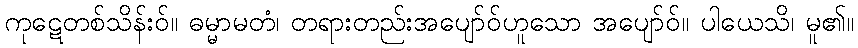
ကုဋေတစ်သိန်းဝ်။ ဓမ္မာမတံ၊ တရားတည်းအပျော်ဝ်ဟူသော အပျော်ဝ်။ ပါယေသိ၊ မူ၏။